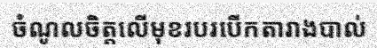
ចំណូលចិត្តលើមុខរបរបើកតារាងបាល់